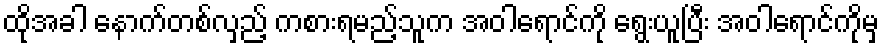
ထိုအခါ နောက်တစ်လှည့် ကစားရမည့်သူက အဝါရောင်ကို ရွေးယူပြီး အဝါရောင်ကိုမှ